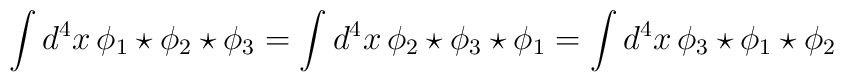
\int d^4x \,\phi_1\star\phi_2\star\phi_3=\int d^4x\,\phi_2\star\phi_3\star\phi_1=\int d^4x\,\phi_3\star\phi_1\star\phi_2